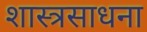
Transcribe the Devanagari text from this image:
शास्त्रसाधना